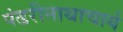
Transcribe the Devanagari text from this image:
पंढरीनाथाचार्य